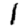
Digit: 1